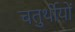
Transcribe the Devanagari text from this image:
चतुर्थीयों